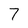
Character: 7